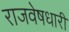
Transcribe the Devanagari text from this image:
राजवेषधारी